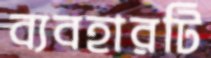
ব্যবহারটি